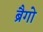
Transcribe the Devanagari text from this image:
ब्रैगो